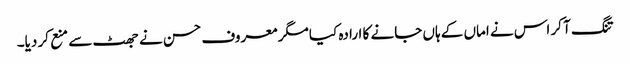
تنگ آ کر اس نے اماں کے ہاں جانے کا ارادہ کیا مگر معروف حسن نے جھٹ سے منع کر دیا۔